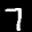
Label: 7